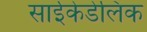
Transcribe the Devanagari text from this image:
साईकेडेलिक